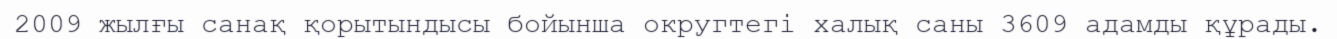
2009 жылғы санақ қорытындысы бойынша округтегі халық саны 3609 адамды құрады.